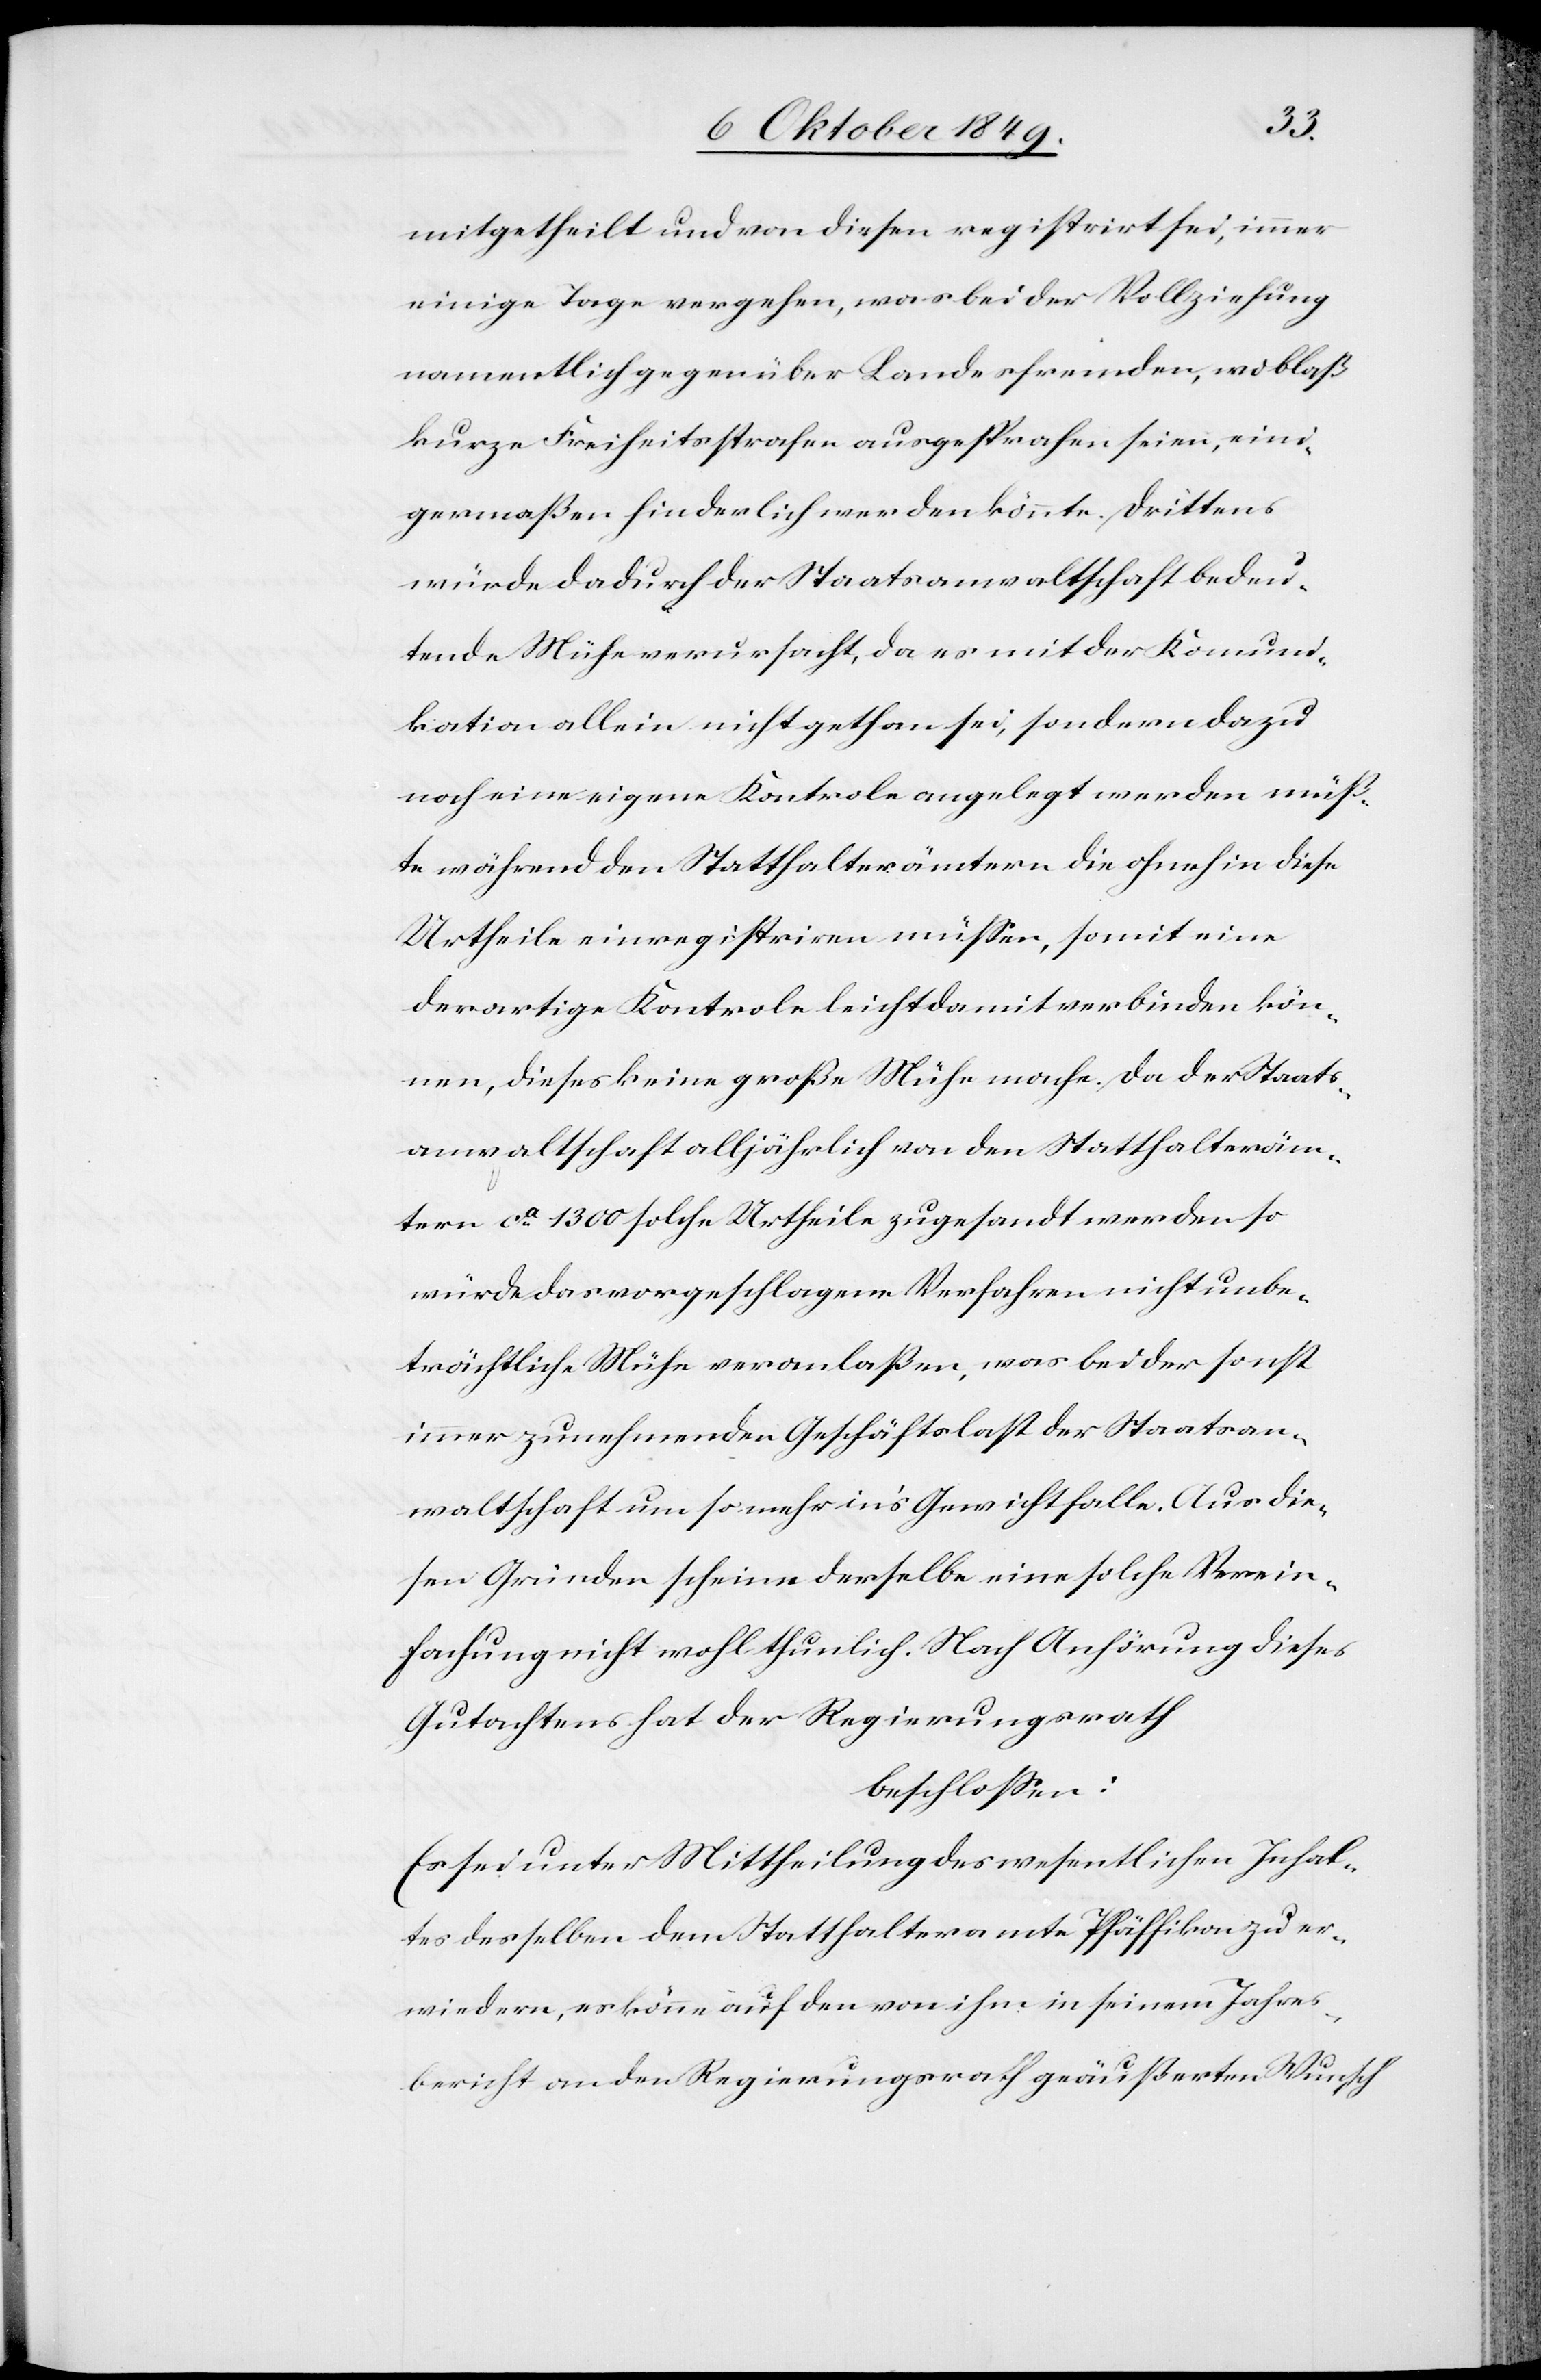
mitgetheilt und von diesen registrirt sei, immer
einige Tage vergehen, was bei der Vollziehung
namentlich gegenüber Landesfremden, wo bloß
kurze Freiheitsstrafen ausgesprochen seien, eini¬
germaßen hinderlich werden könnte. Drittens
würde dadurch der Staatsanwaltschaft bedeu¬
tende Mühe verursacht, da es mit der Kommuni¬
kation allein nicht gethan sei, sondern dazu
noch eine eigene Kontrole angelegt werden müß¬
te während den Statthalterämtern die ohnehin diese
Urtheile einregistriren müßen, somit eine
derartige Kontrole leicht damit verbinden kön¬
nen, dieses keine große Mühe mache [sic!]. Da der Staats¬
anwaltschaft alljährlich von den Statthalteräm¬
tern ca 1300 solche Urtheile zugesandt werden so
würde das vorgeschlagene Verfahren nicht unbe¬
trächtliche Mühe veranlaßen, was bei der sonst
immer zunehmenden Geschäftslast der Staatsan¬
waltschaft um so mehr in’s Gewicht falle. Aus die¬
sen Gründen scheine derselbe eine solche Verein¬
fachung nicht wohl thunlich. Nach Anhörung dieses
Gutachtens hat der Regierungsrath
beschloßen:
Es sei unter Mittheilung des wesentlichen Inhal¬
tes desselben dem Statthalteramte Pfäffikon zu er¬
wiedern, es könne auf den von ihm in seinem Jahres¬
bericht an den Regierungsrath geäußerten Wunsch